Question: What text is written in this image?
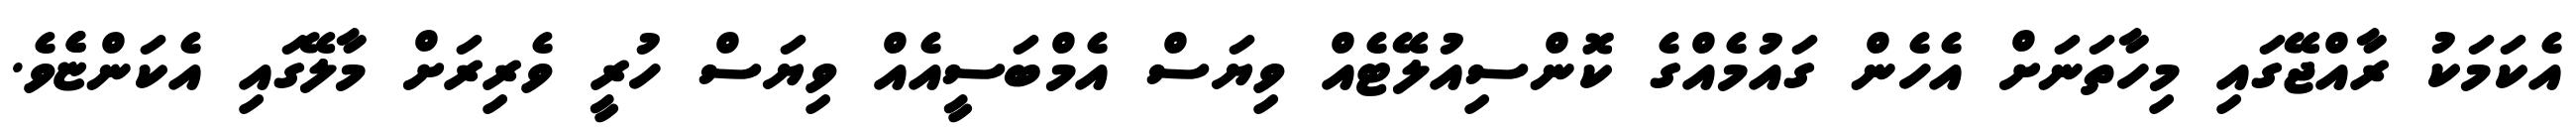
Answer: އެކަމަކު ރާއްޖޭގައި މިހާތަނަށް އެހެން ގައުމެއްގެ ކޮންސިއުލޭޓެއް ވިޔަސް އެމްބަސީއެއް ވިޔަސް ހުރީ ވެރިރަށް މާލޭގައި އެކަންޏެެވެ.